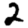
Digit: 2